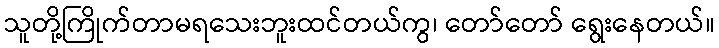
သူတို့ကြိုက်တာမရသေးဘူးထင်တယ်ကွ၊ တော်တော် ရွေးနေတယ်။